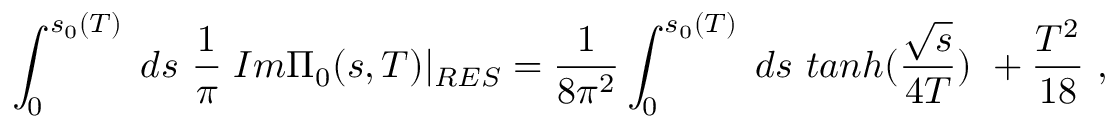
\int _ { 0 } ^ { s _ { 0 } ( T ) } \; d s \, \, \frac { 1 } { \pi } \; I m \Pi _ { 0 } ( s , T ) | _ { R E S } = \frac { 1 } { 8 \pi ^ { 2 } } \int _ { 0 } ^ { s _ { 0 } ( T ) } \; d s \, \, t a n h ( \frac { \sqrt { s } } { 4 T } ) \, \, + \frac { T ^ { 2 } } { 1 8 } \, \, ,